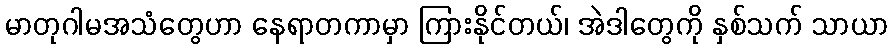
မာတုဂါမအသံတွေဟာ နေရာတကာမှာ ကြားနိုင်တယ်၊ အဲဒါတွေကို နှစ်သက် သာယာ